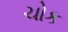
ચોક